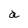
Character: a